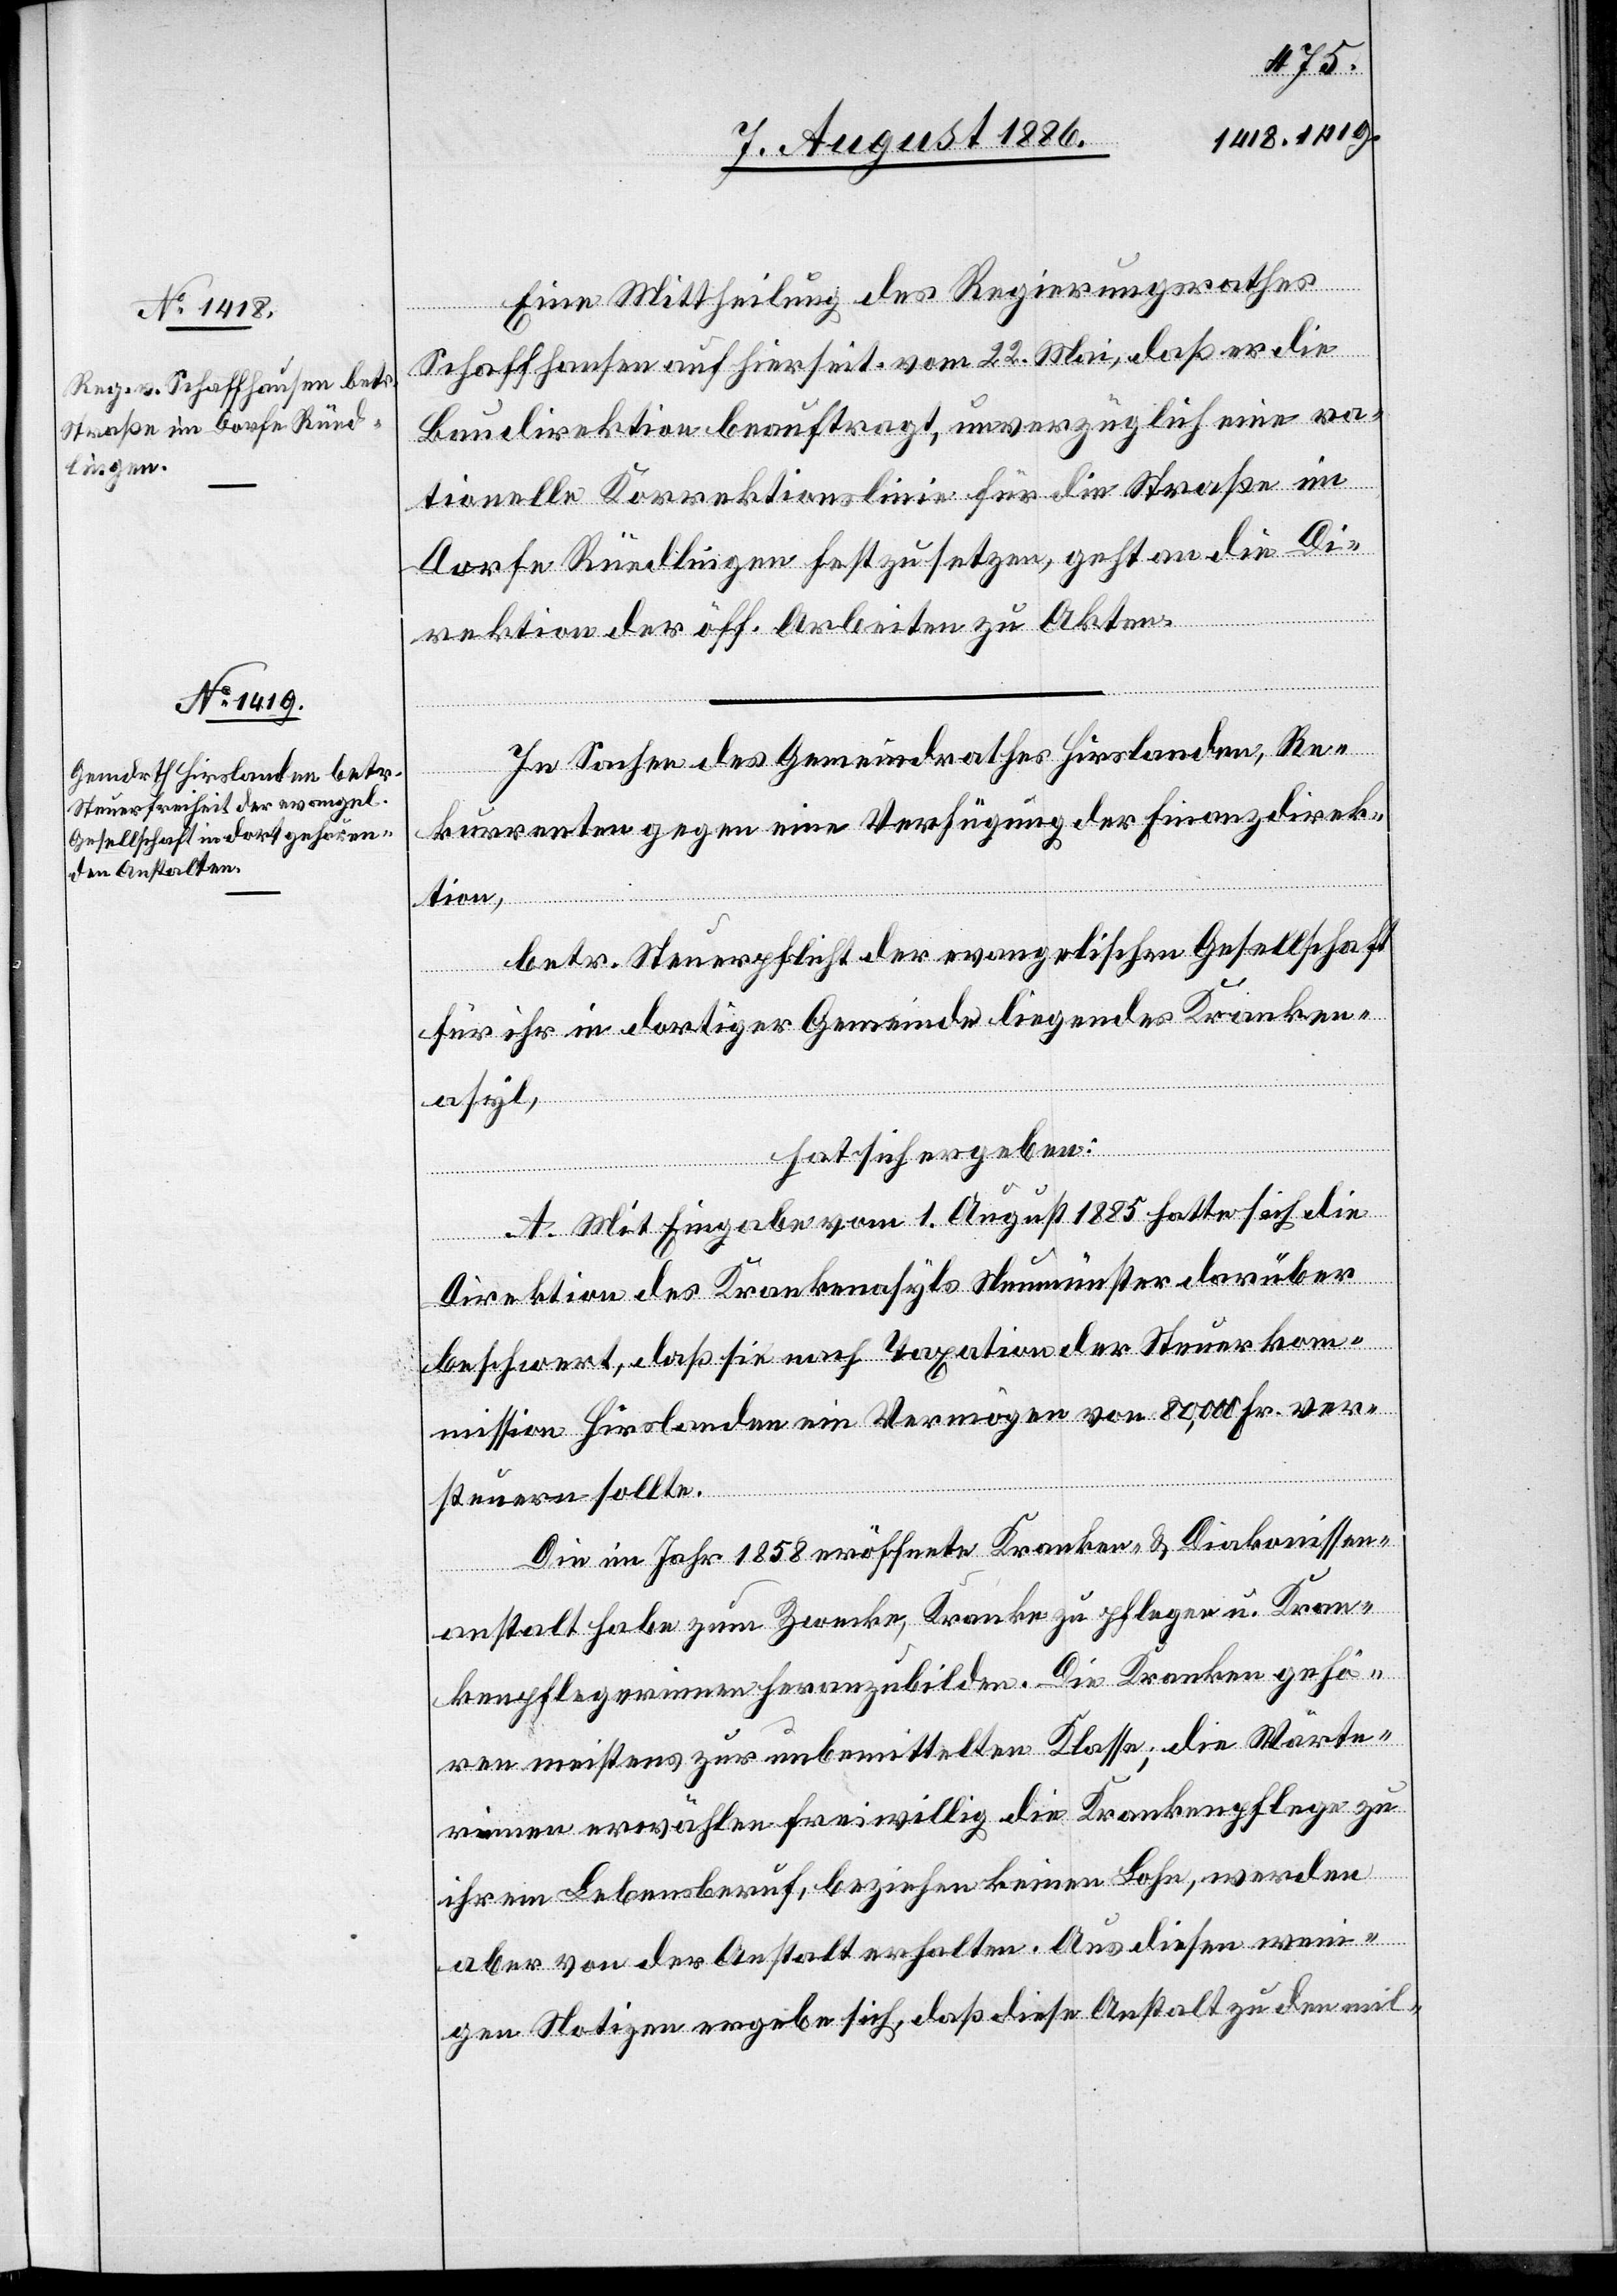
Eine Mittheilung des Regierungsrathes
Schaffhausen auf Hierseit. vom 22. Mai, daß er die
Baudirektion beauftragt, unverzüglich eine ra¬
tionelle Korrektionslinie für die Straße im
Dorfe Rüedlingen festzusetzen, geht an die Di¬
rektion der öff. Arbeiten zu Akten.